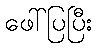
ဖေါ်ပြပြီး